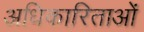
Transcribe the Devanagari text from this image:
अधिकारिताओं